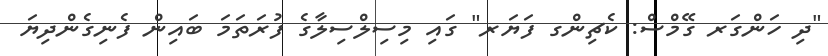
"ދި ހަންގަރ ގޭމްސް: ކެޗިންގ ފަޔަރ" ގައި މިސިލްސިލާގެ ފުރަތަމަ ބައިން ފެނިގެންދިޔަ